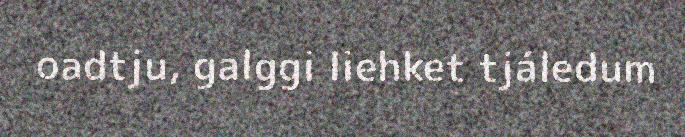
oadtju, galggi liehket tjáledum